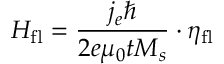
H _ { \mathrm { f l } } = \frac { j _ { e } \hbar } { 2 e \mu _ { 0 } t M _ { s } } \cdot \eta _ { \mathrm { f l } }